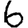
Digit: 6